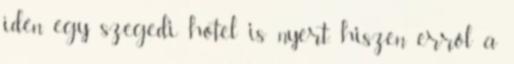
idén egy szegedi hotel is nyert, hiszen erről a